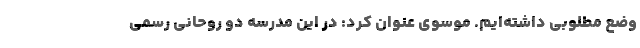
وضع مطلوبی داشته‌ایم. موسوی عنوان کرد: در این مدرسه دو روحانی رسمی